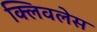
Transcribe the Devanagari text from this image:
क्लिवलेस